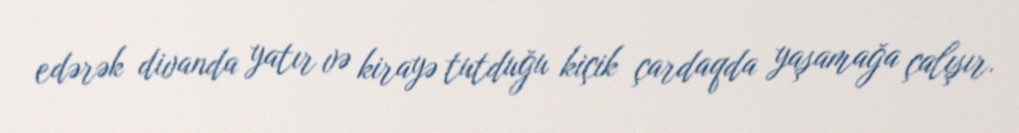
edərək divanda yatır və kirayə tutduğu kiçik çardaqda yaşamağa çalışır.